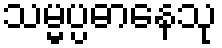
သမ္မပ္ပဓာနေသု